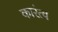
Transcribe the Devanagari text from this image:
कारंत्व